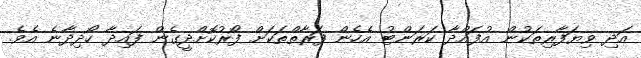
އަދި ވިޔަފާރިތަކުން އުފައްދާ ކަރަންޓު އެހެން ފަރާތްތަކަށް ފޯރުކޮށްދީގެން ފައިދާ ހޯދިދާނެ އެވެ.